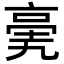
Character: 亴